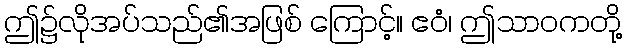
ဤ၌လိုအပ်သည်၏အဖြစ် ကြောင့်။ ဧဝံ၊ ဤသာဝကတို့